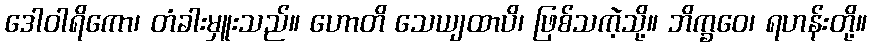
ဒေါဝါရိကော၊ တံခါးမှူးသည်။ ဟောတိ သေယျထာပိ၊ ဖြစ်သကဲ့သို့။ ဘိက္ခဝေ၊ ရဟန်းတို့။